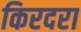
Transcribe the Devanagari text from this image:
किरदरा